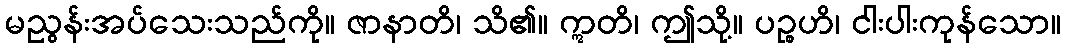
မညွန်းအပ်သေးသည်ကို။ ဇာနာတိ၊ သိ၏။ ဣတိ၊ ဤသို့။ ပဉ္စဟိ၊ ငါးပါးကုန်သော။